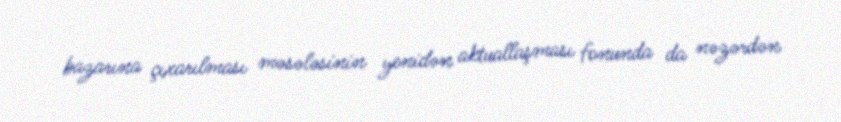
bazarına çıxarılması məsələsinin yenidən aktuallaşması fonunda da nəzərdən